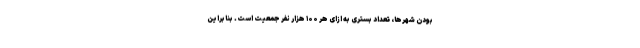
بودن شهرها، تعداد بستری به ازای هر ۱۰۰ هزار نفر جمعیت است. بنابراین